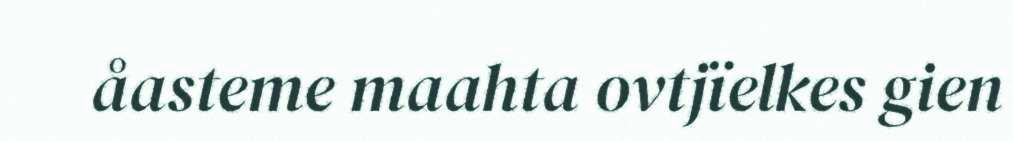
åasteme maahta ovtjïelkes gien